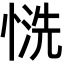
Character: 𢝚